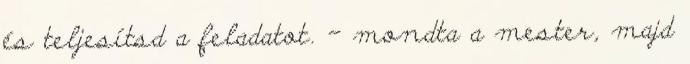
és teljesítsd a feladatot. – mondta a mester, majd